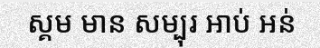
ស្គម មាន សម្បុរ អាប់ អន់